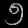
Digit: ၅